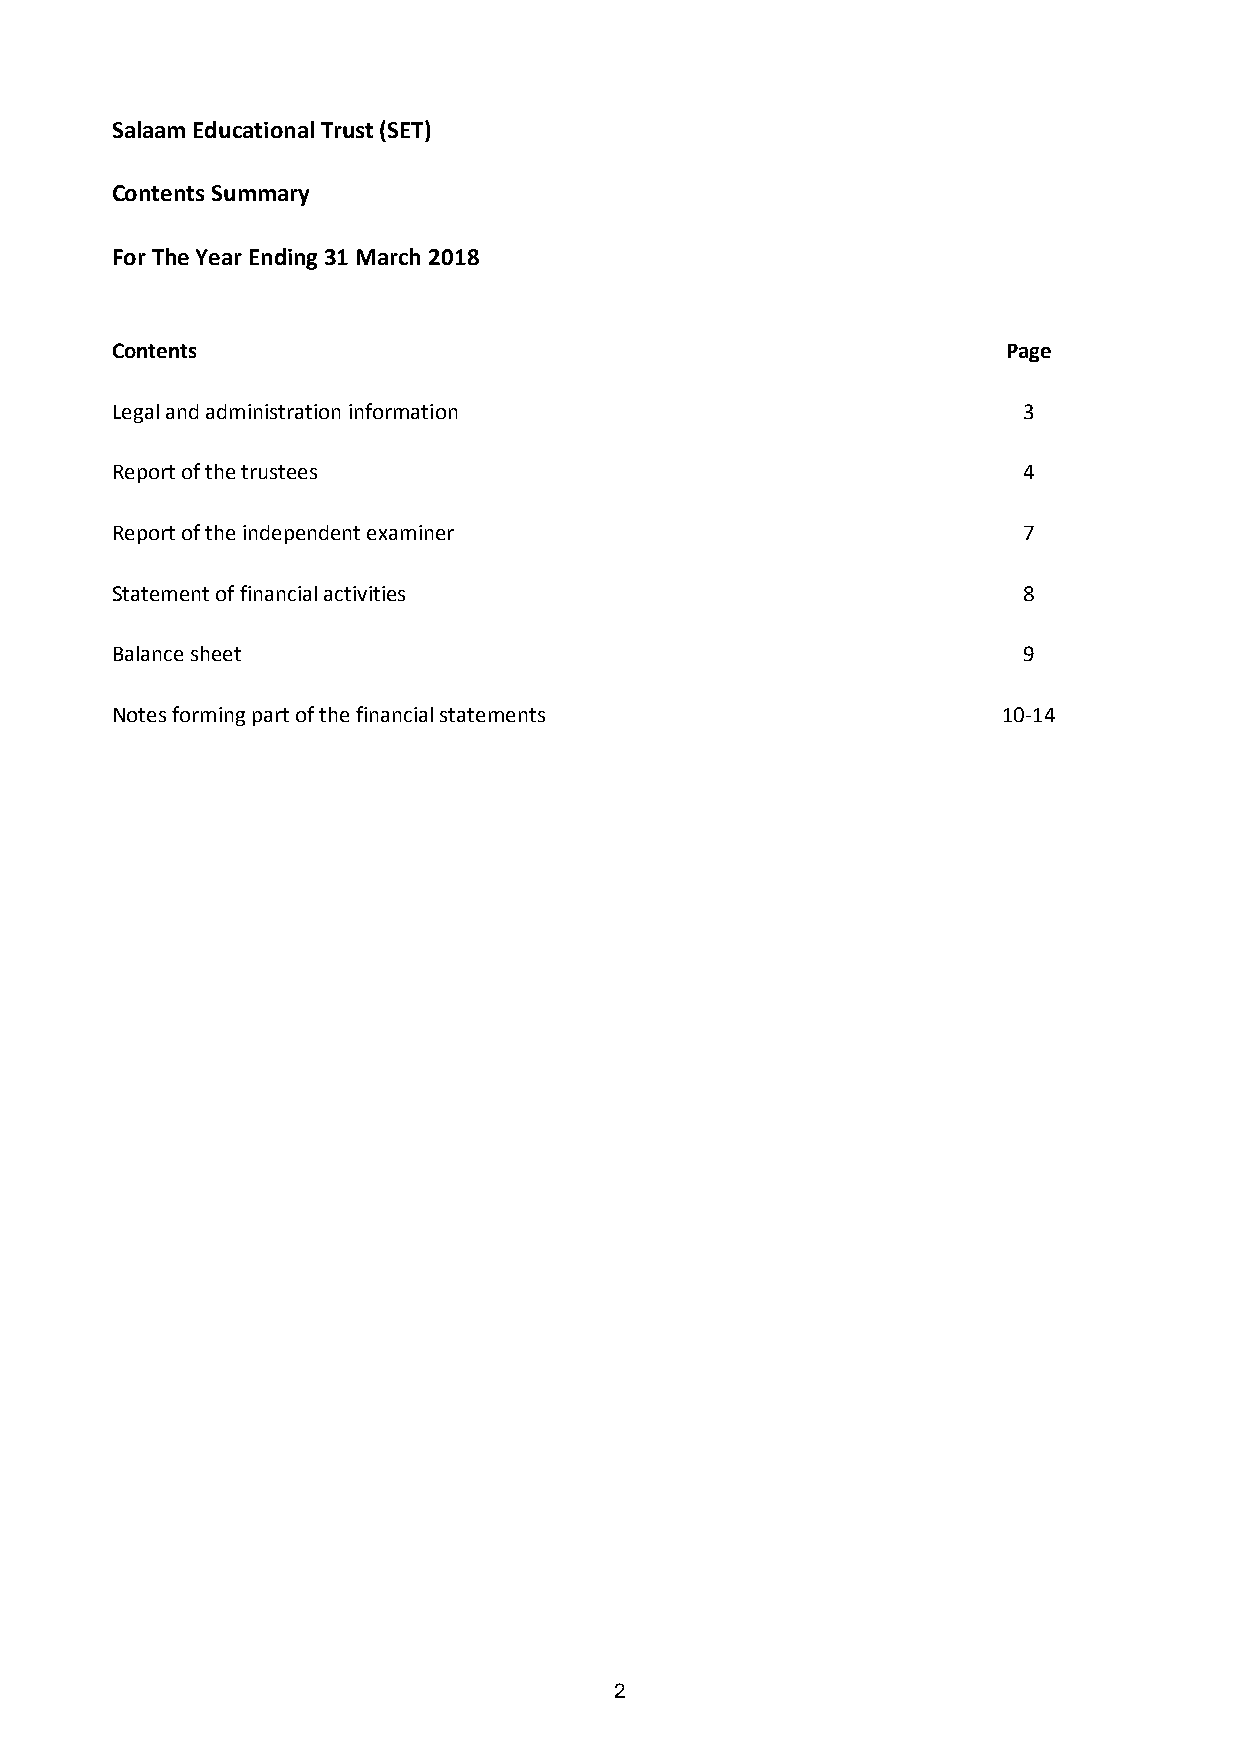
Salaam Educational Trust (SET)
 Contents Summary
 For The Year Ending 31 March 2018
 Contents                                                    Page
 Legal and administration information                         3
 Report of the trustees                                       4
 Report of the independent examiner                           7
 Statement of financial activities                            8
 Balance sheet                                                9
 Notes forming part of the financial statements             10-14
 2